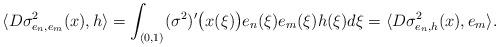
LaTeX: \begin{align*}\langle D\sigma_{e_n,e_m}^2(x),h\rangle=\int_{(0,1)}(\sigma^2)'\bigl(x(\xi)\bigr)e_n(\xi)e_m(\xi)h(\xi)d\xi=\langle D\sigma_{e_n,h}^2(x),e_m\rangle.\end{align*}